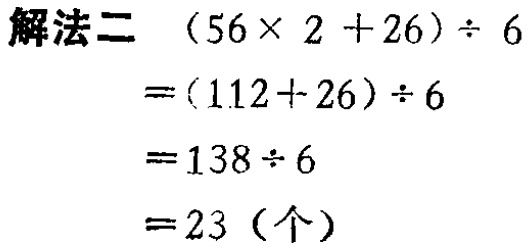
解法二 \((56\times 2 + 26)\div 6\)
\(=(112 + 26)\div 6\)
\(=138\div 6\)
\(=23\)（个）